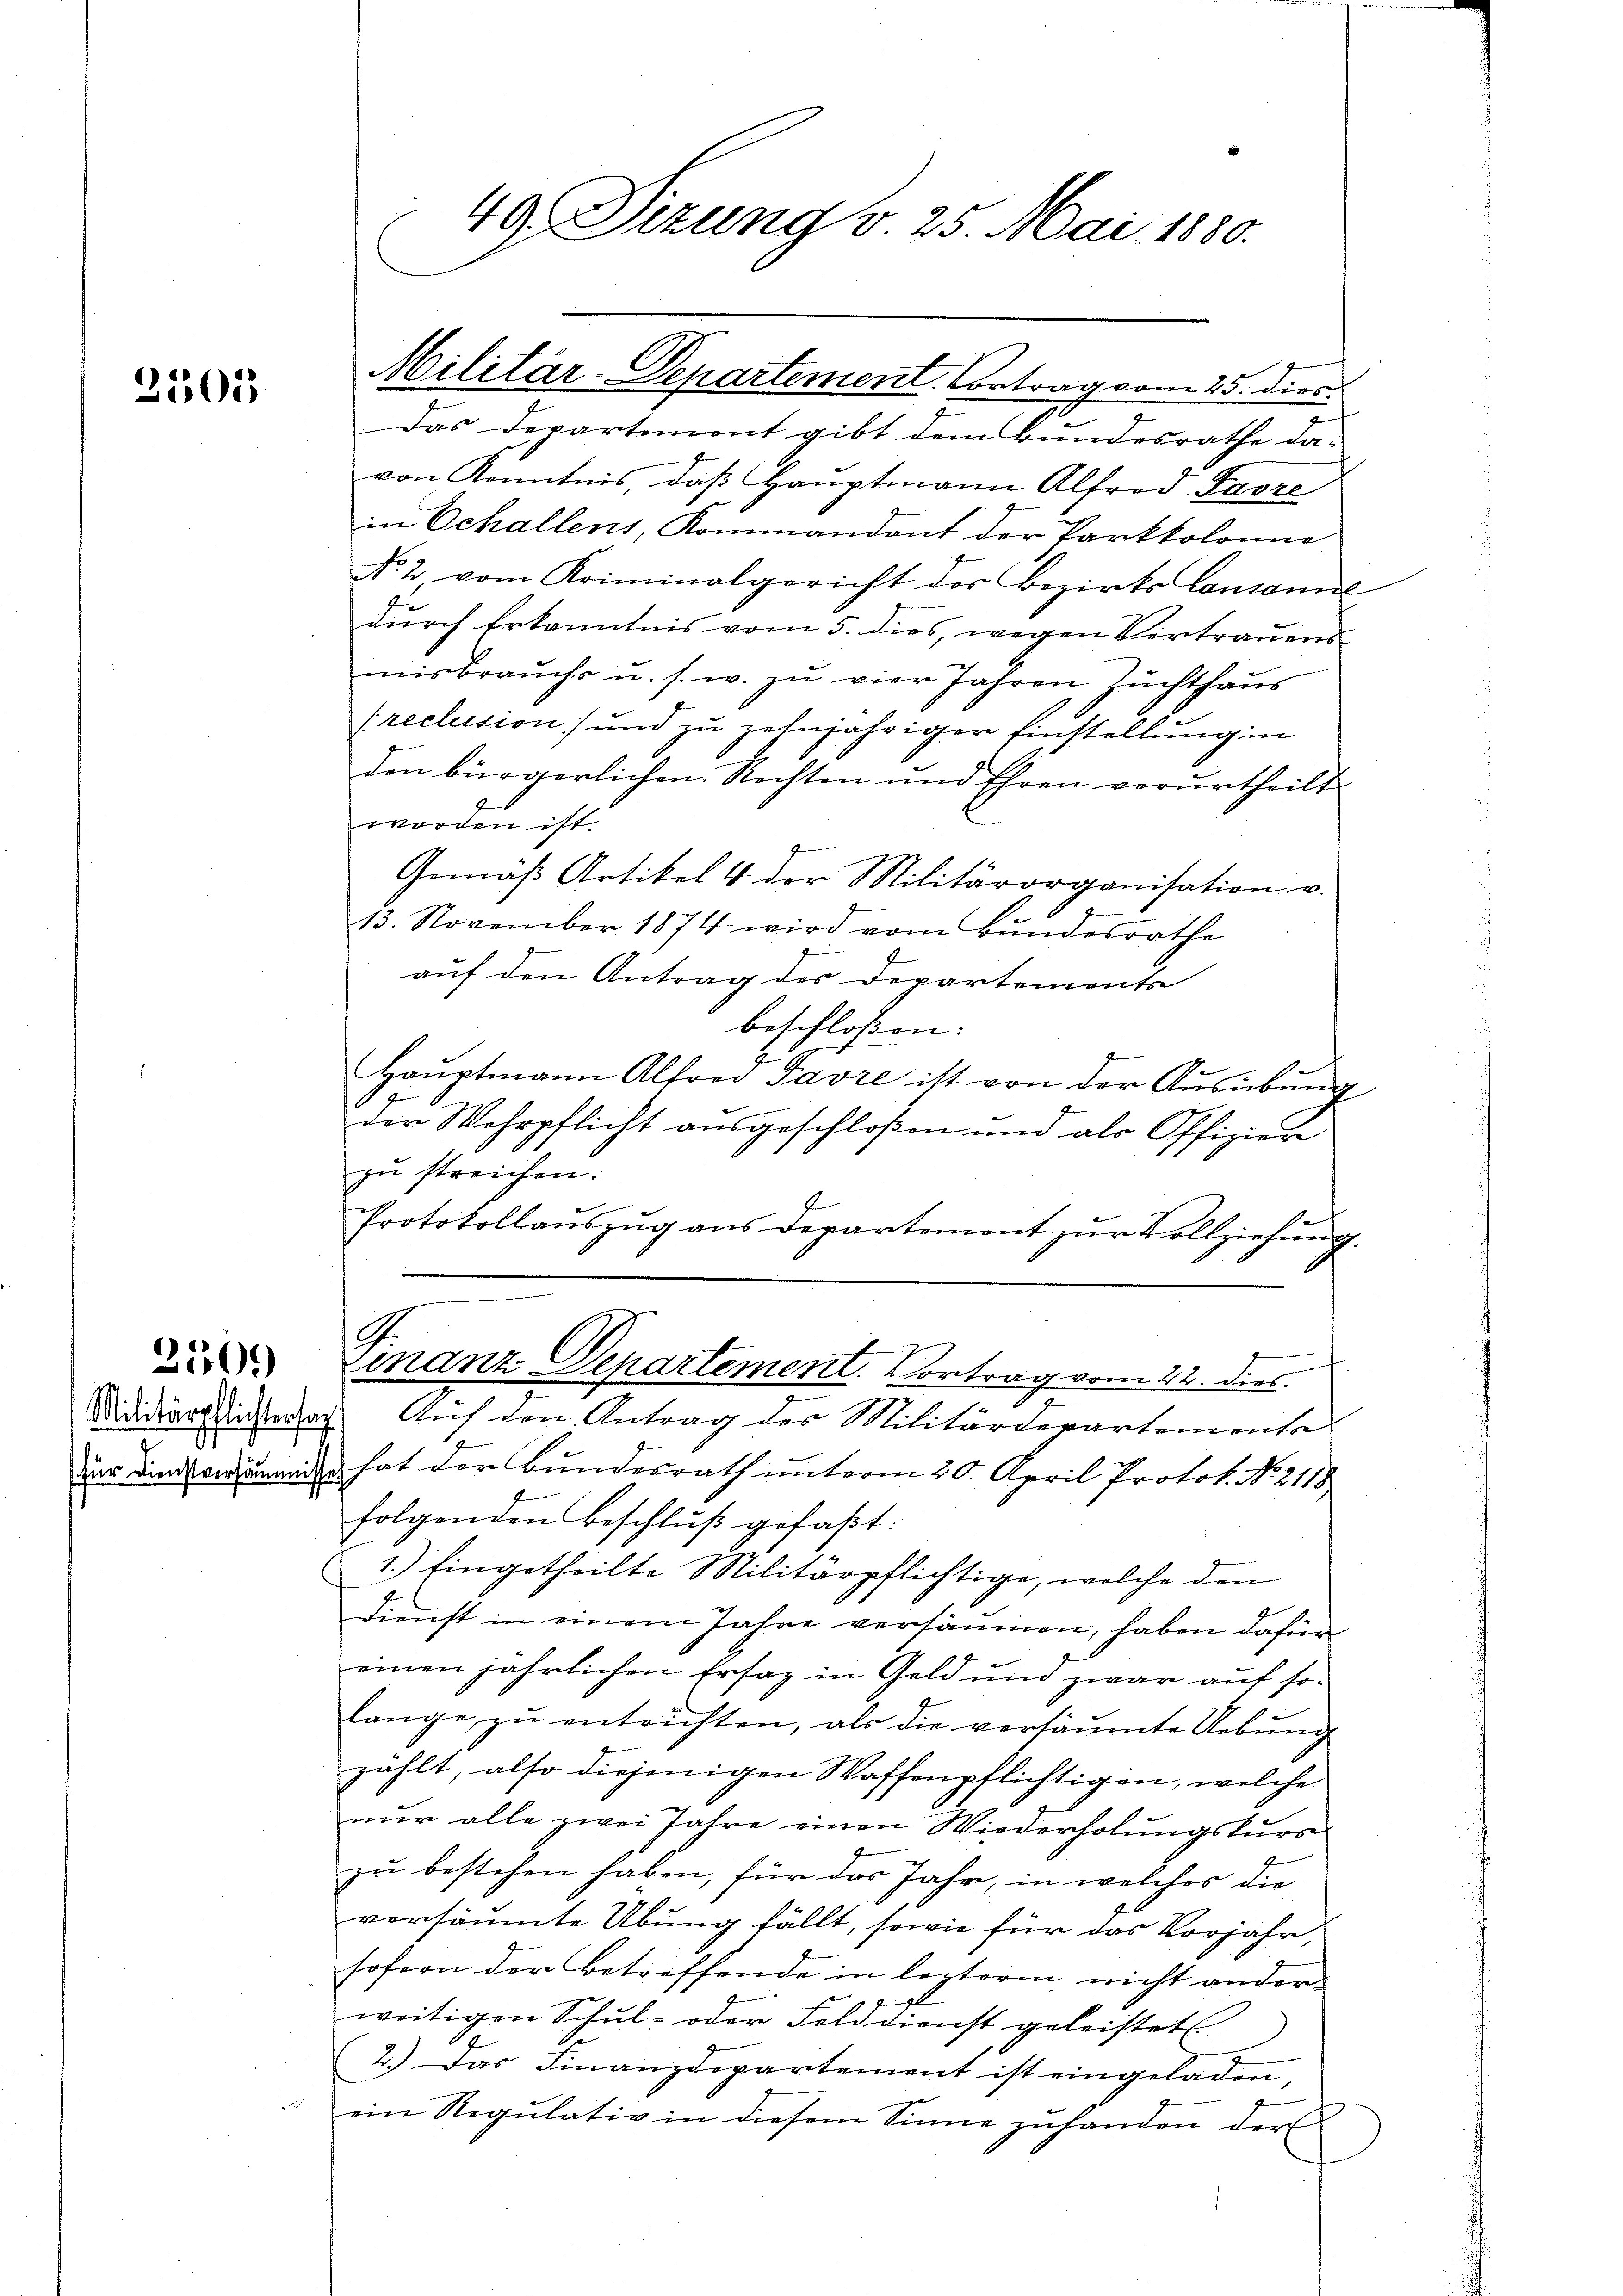
3501

2109)

Das Departement gibt dem Bundesrathe da-
von Kenntnis, daß Hauptmann Alfred Lavre
in Schallens, Kommandant der Parkkolonie
No. 2. vom Kriminalgericht der Bezirks Consomit
durch Erkanntnis vom 5. dies, wegen Vertrauens
misbrauche u. s. w. zu vier Jahren Zuchthaus
(reclusion) und zu zehnjähriger Einstellŭng in
den bürgerlichen Rechten und Ehren verurtheilt.
worden ist.
Gemäβ Artikel 4 der Militärorganisation u.
13. November 1874 wird vom Bundesrathe
auf den Antrag des Departemente
beschloßen:
E
Haŭptmann Alfrei Favre ist von der Ausübung
1
der Wehrpflicht ausgeschloßen und als Offizier
zu streichen:
Protokollaŭszŭg ans Departement zŭr Vollziehung.
G.
.
Finanz Departement. Vortrag vom 22. dies
Mididierzichterlag. Auf den Antrag des Militärdepartemente
der Finandemand hat der Bundesrath unterm 20. April Protok. No. 2118
folgenden Beschluß gefaßt:
1.) Eingetheilte Militärpflichtige, welche den
Dienst in einem Jahre versäumen, haben dafür
einen jährlichen Ersatz in Geld und zwar auf so¬
u
lange zu entrichten, als die versäumte Uebung
zählt, also diejenigen Waffenpflichtigen, welche
nur alle zwei Jahre einen Wiederholungskurs
zu bestehen haben, für das Jahr, in welches die
versäumte Übung fällt, sowie für das Vorjahr,
sofern der Betreffende in lezterm nicht ander
weitigen Schul- oder Felddienst geleistet.
2.) Das Finanzdepartement ist eingeladen,
ein Regulativ in diesem Sinne zuhanden der

49. Dizung v. 25. Mai 1880.

Militär-Departement. Vortrag vom 25. dies